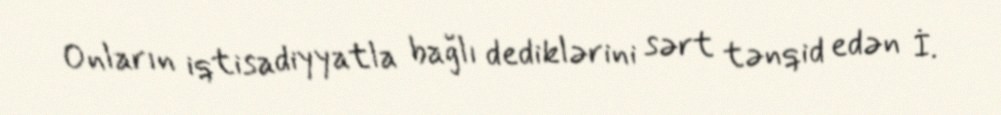
Onların iqtisadiyyatla bağlı dediklərini sərt tənqid edən İ.